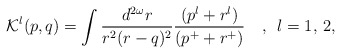
\begin{align*}{\cal K}^{l}(p,q) = \int \frac {d^{2\omega}r}{r^2 (r-q)^2} \frac{(p^{l}+r^{l})}{(p^{+}+r^{+})}\,\,\,\,\,\, , \,\,\, l = 1,\, 2,\end{align*}